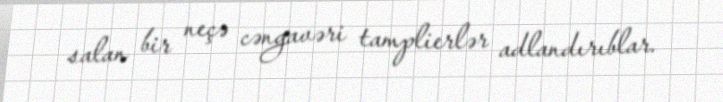
salan bir neçə cəngavəri tamplierlər adlandırıblar.